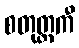
စတုတ္ထကီ